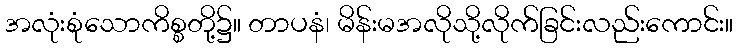
အလုံးစုံသောကိစ္စတို့၌။ တာပနံ၊ မိန်းမအလိုသို့လိုက်ခြင်းလည်းကောင်း။